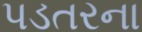
પડતરના